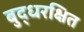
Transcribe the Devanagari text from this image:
बुद्धरक्षित